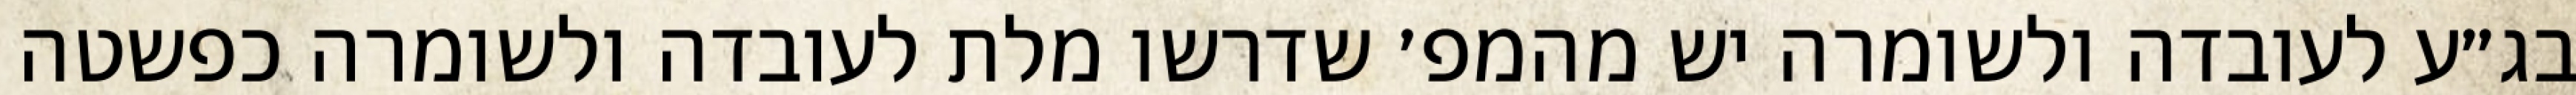
בג״ע לעובדה ולשומרה יש מהמפ׳ שדרשו מלת לעובדה ולשומרה כפשטה